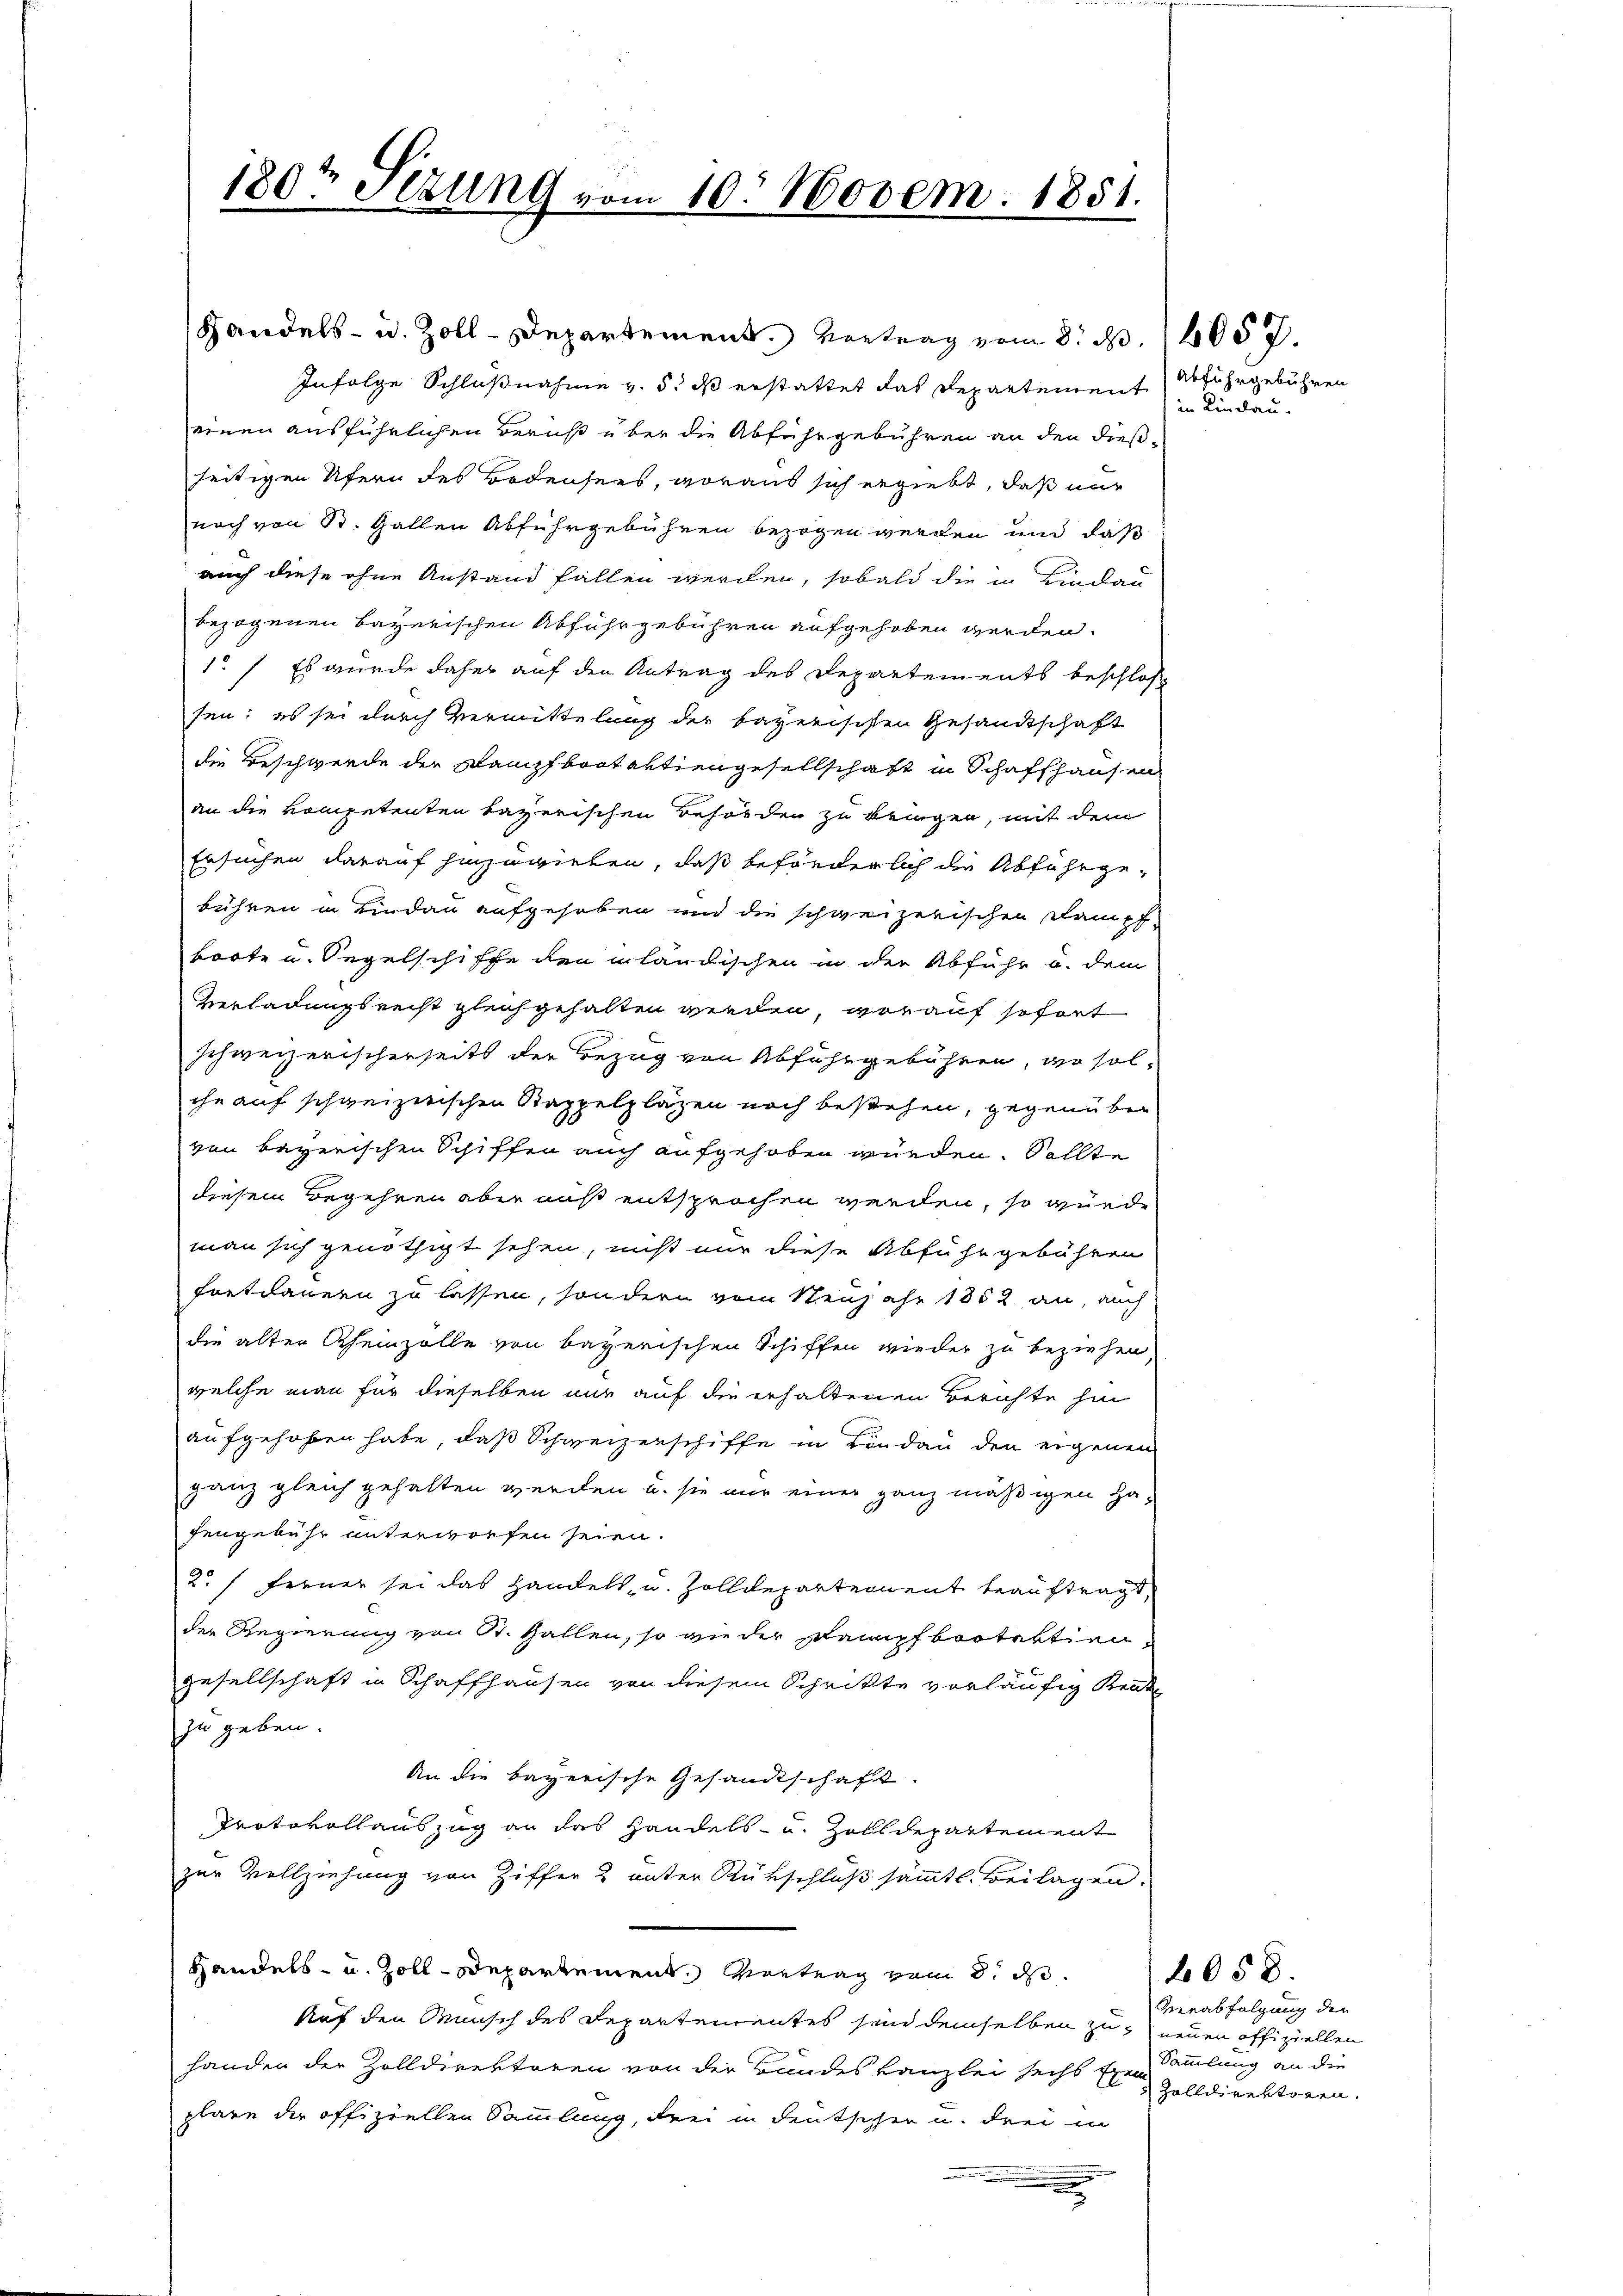
180t Sezung vom 10. Novem. 1851.

Handels- u. Zoll-Departement. Vortrag vom 8. d. 14057.
Infolge Schlußnahme v. 5. ds erstattet das Departement
einen ausführlichen Beruht über die Abfuhrgebühren an den dießseitigen Ufern des Bodensees, woraus sich ergiebt, daß mir
nach von St. Gallen Abfuhrgebühren bezogen werden und daß
auch diese ohne Anstand fallen werden, sobald die in Lindau
bezogenen Bayerischen Abfuhr gebühren aufgehoben werden.
1.) Es wurde daher auf den Antrag des Departements beschlos
sen; es sei durch Vermittelung der bayerischen Gesandtschaft
die Beschwerde der Kampfbootartiengesellschaft in Schaffhausen
an die Kompetenten bayerischen Behörden zu bringen, mit dem
Ersuchen darauf hinzuvielen, daß beförderlich die Abfahrgebühren in Lindau aufgehoben und die schweizerischen Dampf-
boote u. Segelschiffe den inländischen in der Abführ u. dem
Verladungsreist gleichgehalten werden, worauf sofort
schweizerischerseits der Bezug von Abfuhrgebühren, wo solihe auf schweizerischen Stappelplazen noch bestehen, gegenüber
von bayerischen Schiffen auch aufgehoben würden. Sollte
diesem Begehren aber aus entsprochen werden, so würde
man sich genöthigt sehen, nicht nur diese Abführ gebühren
Fortdauern zu lassen, sondern vom Neujahr 1852 an, auch
die alten Rheinzolle von bayerischen Schiffen wieder zu beziehen,
welche man für dieselben nur auf die erhaltenen Berichte hin
aufgehoben habe, daß Schweizerschiffe in Lindau den eigenen
ganz gleich gehalten werden u. sie nur einer ganz mäßigen Ha-
fengebühr unterworfen seien.
2. Ferner sei das Handels, u. Zolldepartement beauftragt,
der Regierung von St. Gallen, so an der Dampfbootaktiengesellschaft in Schaffhausen von diesem Schritte vorläufig Krat
zu geben.
An die bayerische Gesandtschaft.
Protokollauszug an das Handels- u. Zolldepartement
zur Vollziehung von Ziffer 2 unter Rükschluß sämmtl. Beilagen.
Handels- u. Zoll-Departement, Vortrag vom 8. d.
Auf den Wunsch des Departementes sind demselben zu neuen offiziellen
handen der Zolldirektoren von der Bundeskanzlei sechs sie sammlung an die
plare die offiziellen Sammlung, drei in deutschen u. drei in
.

Abfuhrgebühren
in Lindau.

Verabfolgung der
Zolldirektoren.

6058.